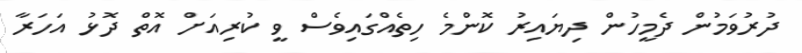
ދުރުވަމުން ދެމީހުން ދިޔައިރު ކޮންމެ ހިތެއްގައިވެސް ވީ ކުރިއަށް އޮތް ދޮޅު އަހަރާ